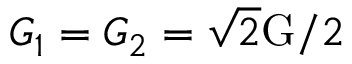
G _ { 1 } = G _ { 2 } = \sqrt { 2 } \mathrm { G } / 2